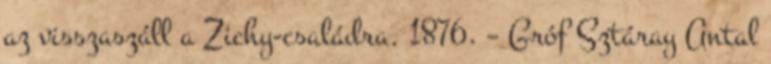
az visszaszáll a Zichy-családra. 1876. – Gróf Sztáray Antal